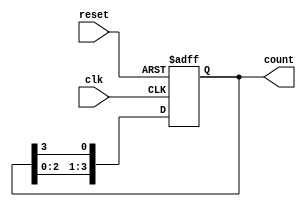
module ring_counter (
    input wire clk,          // Clock input
    input wire reset,        // Asynchronous reset input
    output reg [3:0] count   // 4-bit output representing the state of the counter
);

    // Initialize the counter to 4'b0001 when reset is high
    always @(posedge clk or posedge reset) begin
        if (reset) begin
            count <= 4'b0001; // Set the initial state
        end else begin
            // Shift the high bit to the left, wrapping around
            count <= {count[2:0], count[3]};
        end
    end

endmodule